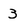
Character: 3